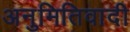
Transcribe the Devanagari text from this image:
अनुमितिवादी